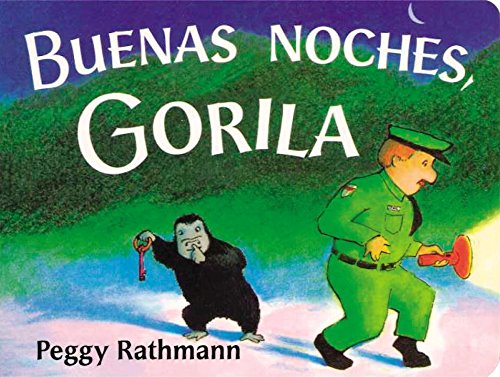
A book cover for Buenas noches, Gorila (Spanish Edition); Peggy Rathmann; Children's Books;